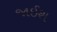
જાઈશ